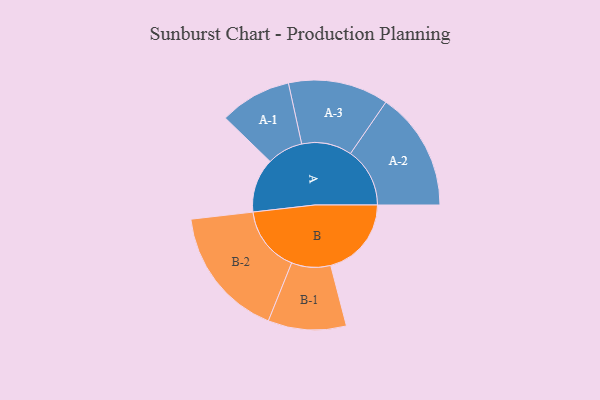
{"axis": {"x": "Segment", "y": "Value"}, "legend": ["", "A", "B"], "data": [{"x": "A", "y": 190, "type": ""}, {"x": "B", "y": 283, "type": ""}, {"x": "A-1", "y": 126, "type": "A"}, {"x": "A-2", "y": 208, "type": "A"}, {"x": "A-3", "y": 176, "type": "A"}, {"x": "B-1", "y": 137, "type": "B"}, {"x": "B-2", "y": 231, "type": "B"}]}